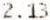
2.13